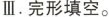
Ⅲ.完形填空.。